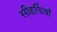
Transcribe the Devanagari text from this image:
सीहफिंयाँ